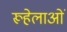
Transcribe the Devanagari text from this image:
रूहेलाओं